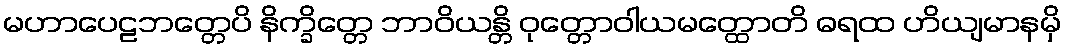
မဟာပေဠဘတ္တေပိ နိက္ခိတ္တေ ဘာဝိယန္တိ ဝုတ္တောဝါယမတ္ထောတိ ဓရထ ဟိယျမာနမှိ